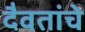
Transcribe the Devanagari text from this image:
दैवतांचे